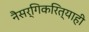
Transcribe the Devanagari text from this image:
नैसर्गिकरित्याही